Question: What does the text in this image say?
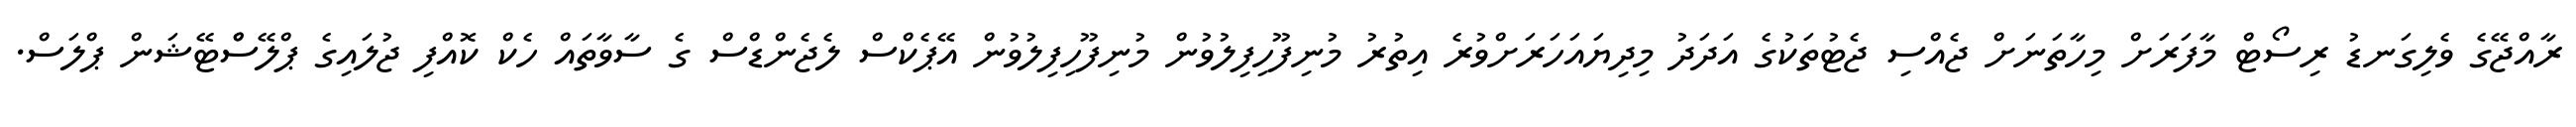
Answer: ރާއްޖޭގެ ވެލިގަނޑު ރިސޯޓް މާފަރަށް މިހާތަނަށް ޖެއްސި ޖެޓުތަކުގެ އަދަދު މިދިޔައަހަރަށްވުރެ އިތުރު މުނިފޫހިފިލުވުން މުނިފޫހިފިލުވުން އޭޕެކްސް ލެޖެންޑްސް ގެ ސާވާތައް ހެކް ކޮއްފި ޖުލައިގެ ޕްލޭސްްޓޭޝަން ޕްލަސް.